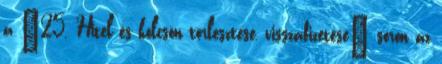
a “25. Hitel és kölcsön törlesztése, visszafizetése” soron az